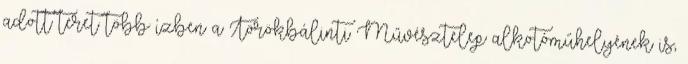
adott teret több ízben a Törökbálinti Művésztelep alkotóműhelyének is,